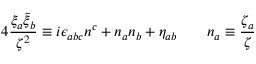
4 \frac { \xi _ { a } \bar { \xi } _ { b } } { \zeta ^ { 2 } } \equiv i \epsilon _ { a b c } n ^ { c } + n _ { a } n _ { b } + \eta _ { a b } \qquad n _ { a } \equiv \frac { \zeta _ { a } } { \zeta }